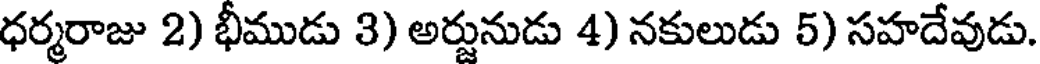
ధర్మరాజు 2) భీముడు 3) అర్జునుడు 4) నకులుడు 5) సహదేవుడు.